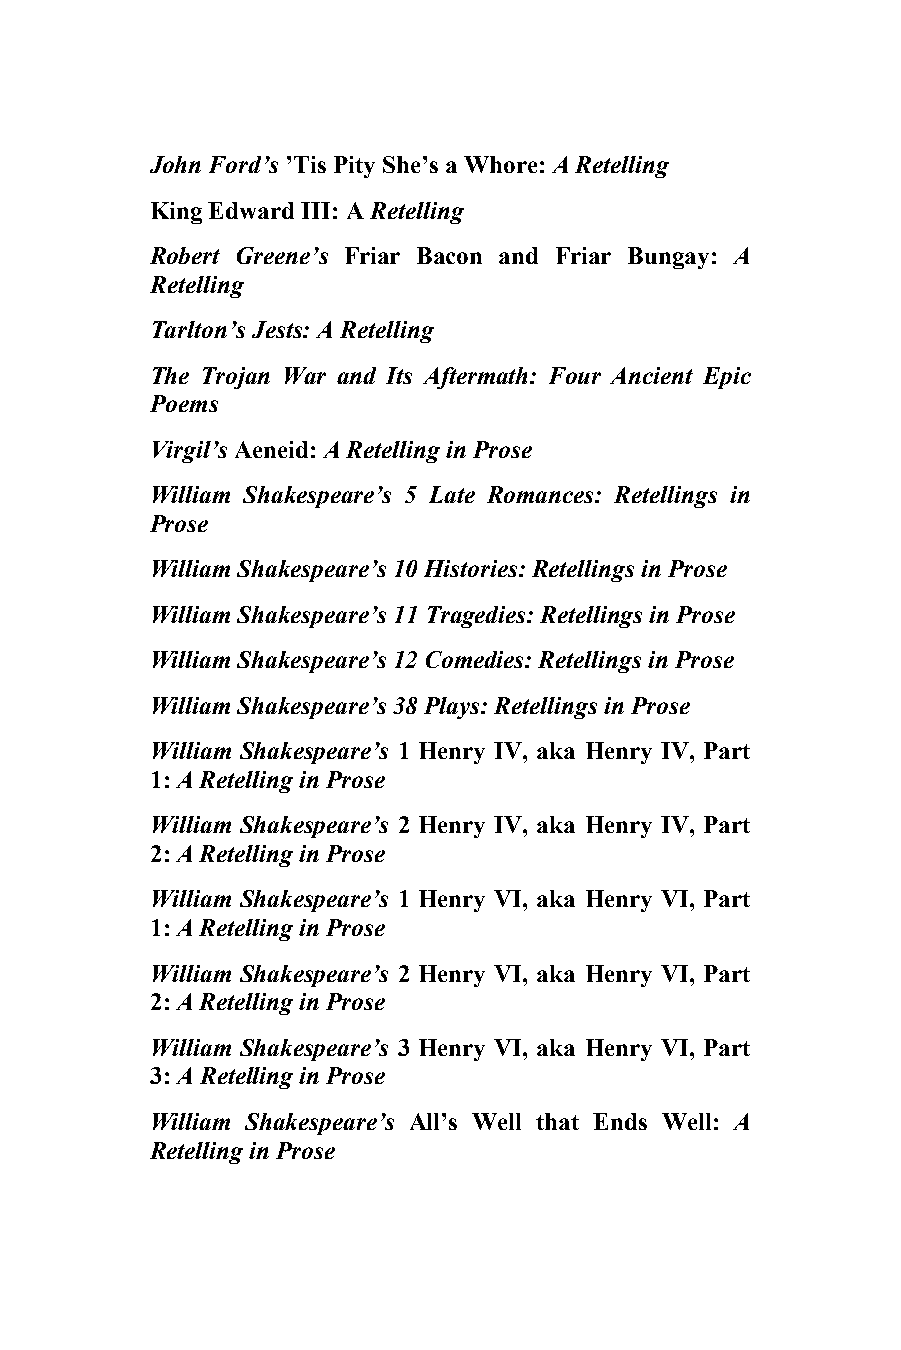
10 3
 John Ford’s ’Tis Pity She’s a Whore: A Retelling
 King Edward III: A Retelling
 Robert Greene’s Friar Bacon and Friar Bungay: A
 Retelling
 Tarlton’s Jests: A Retelling
 The Trojan War and Its Aftermath: Four Ancient Epic
 Poems
 Virgil’s Aeneid: A Retelling in Prose
 William Shakespeare’s 5 Late Romances: Retellings in
 Prose
 William Shakespeare’s 10 Histories: Retellings in Prose
 William Shakespeare’s 11 Tragedies: Retellings in Prose
 William Shakespeare’s 12 Comedies: Retellings in Prose
 William Shakespeare’s 38 Plays: Retellings in Prose
 William Shakespeare’s 1 Henry IV, aka Henry IV, Part
 1: A Retelling in Prose
 William Shakespeare’s 2 Henry IV, aka Henry IV, Part
 2: A Retelling in Prose
 William Shakespeare’s 1 Henry VI, aka Henry VI, Part
 1: A Retelling in Prose
 William Shakespeare’s 2 Henry VI, aka Henry VI, Part
 2: A Retelling in Prose
 William Shakespeare’s 3 Henry VI, aka Henry VI, Part
 3: A Retelling in Prose
 William Shakespeare’s All’s Well that Ends Well: A
 Retelling in Prose